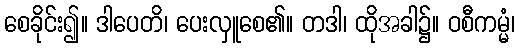
စေခိုင်း၍။ ဒါပေတိ၊ ပေးလှူစေ၏။ တဒါ၊ ထိုအခါ၌။ ဝစီကမ္မံ၊